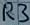
Text: R3